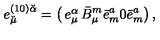
e _ { \breve { \mu } } ^ { ( 1 0 ) \breve { \alpha } } = \left( \begin{matrix} { e _ { \mu } ^ { \alpha } } & { \bar { B } _ { \mu } ^ { m } \bar { e } _ { m } ^ { a } } \\ { 0 } & { \bar { e } _ { m } ^ { a } } \\ \end{matrix} \right) ,